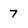
Character: 7